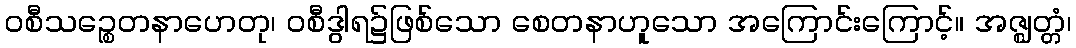
ဝစီသဉ္စေတနာဟေတု၊ ဝစီဒွါရ၌ဖြစ်သော စေတနာဟူသော အကြောင်းကြောင့်။ အဇ္ဈတ္တံ၊